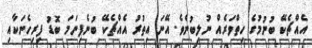
އެއްޗެކޭ ބުނުމުގެ ހިތްވަރެއް ނުލިބުނެވެ. އޭނަ އިތުރު އެއްޗެކޭ ބުނެފިނަމަ ބޮޑު ފިރިހެނަކާއި